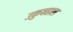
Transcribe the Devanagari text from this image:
उकुबहाल